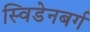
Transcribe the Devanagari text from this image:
स्विडेनबर्ग